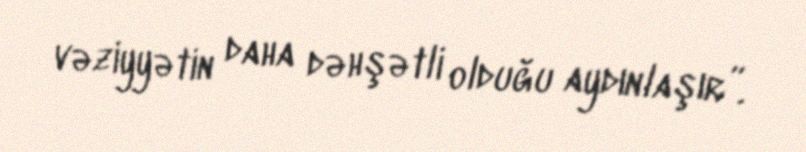
vəziyyətin daha dəhşətli olduğu aydınlaşır”.